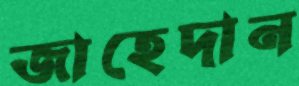
জাহেদান